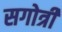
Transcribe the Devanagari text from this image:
सगोत्री